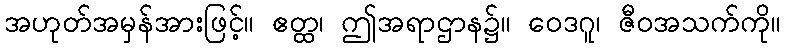
အဟုတ်အမှန်အားဖြင့်။ ဧတ္ထ၊ ဤအရာဌာန၌။ ဝေဒဂူ၊ ဇီဝအသက်ကို။